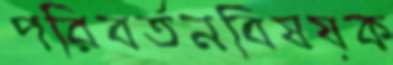
পরিবর্তনবিষয়ক